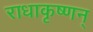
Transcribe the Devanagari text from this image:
राधाकृष्णन्‌